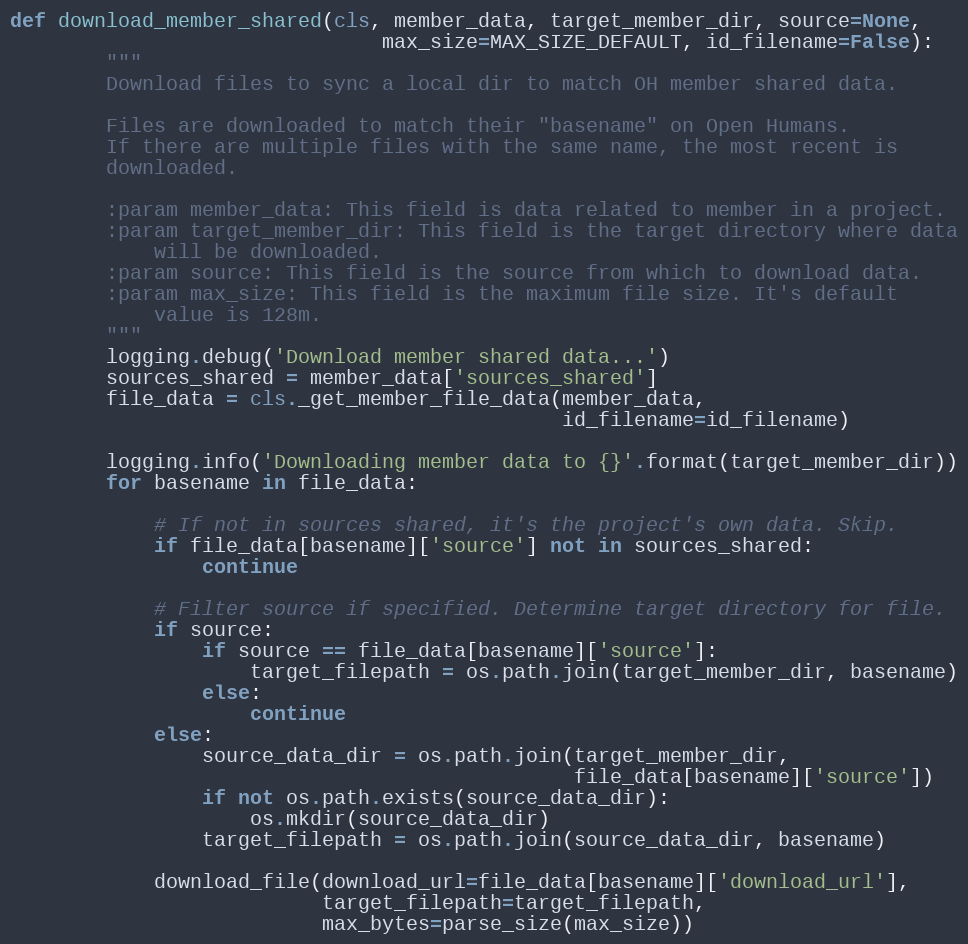
Language: Python
def download_member_shared(cls, member_data, target_member_dir, source=None,
                               max_size=MAX_SIZE_DEFAULT, id_filename=False):
        """
        Download files to sync a local dir to match OH member shared data.

        Files are downloaded to match their "basename" on Open Humans.
        If there are multiple files with the same name, the most recent is
        downloaded.

        :param member_data: This field is data related to member in a project.
        :param target_member_dir: This field is the target directory where data
            will be downloaded.
        :param source: This field is the source from which to download data.
        :param max_size: This field is the maximum file size. It's default
            value is 128m.
        """
        logging.debug('Download member shared data...')
        sources_shared = member_data['sources_shared']
        file_data = cls._get_member_file_data(member_data,
                                              id_filename=id_filename)

        logging.info('Downloading member data to {}'.format(target_member_dir))
        for basename in file_data:

            # If not in sources shared, it's the project's own data. Skip.
            if file_data[basename]['source'] not in sources_shared:
                continue

            # Filter source if specified. Determine target directory for file.
            if source:
                if source == file_data[basename]['source']:
                    target_filepath = os.path.join(target_member_dir, basename)
                else:
                    continue
            else:
                source_data_dir = os.path.join(target_member_dir,
                                               file_data[basename]['source'])
                if not os.path.exists(source_data_dir):
                    os.mkdir(source_data_dir)
                target_filepath = os.path.join(source_data_dir, basename)

            download_file(download_url=file_data[basename]['download_url'],
                          target_filepath=target_filepath,
                          max_bytes=parse_size(max_size))